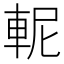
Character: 𨋗